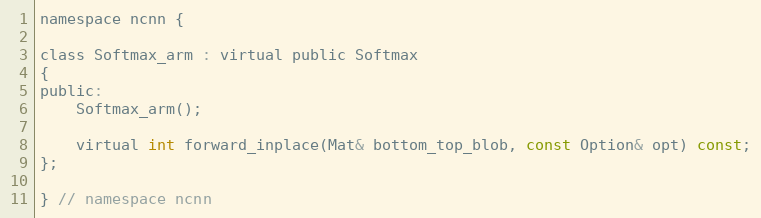
Language: C
namespace ncnn {

class Softmax_arm : virtual public Softmax
{
public:
    Softmax_arm();

    virtual int forward_inplace(Mat& bottom_top_blob, const Option& opt) const;
};

} // namespace ncnn